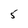
Character: 5